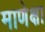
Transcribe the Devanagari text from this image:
माणेक्षा